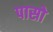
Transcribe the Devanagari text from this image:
पासो